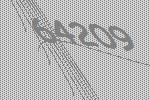
64209